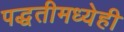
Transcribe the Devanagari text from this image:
पद्धतीमध्येही